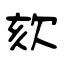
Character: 欬